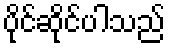
ပိုင်ဆိုင်ပါသည်